65_HS1-834228961_62-HQ-83894_Section_1
Agency: FBI
Page 69
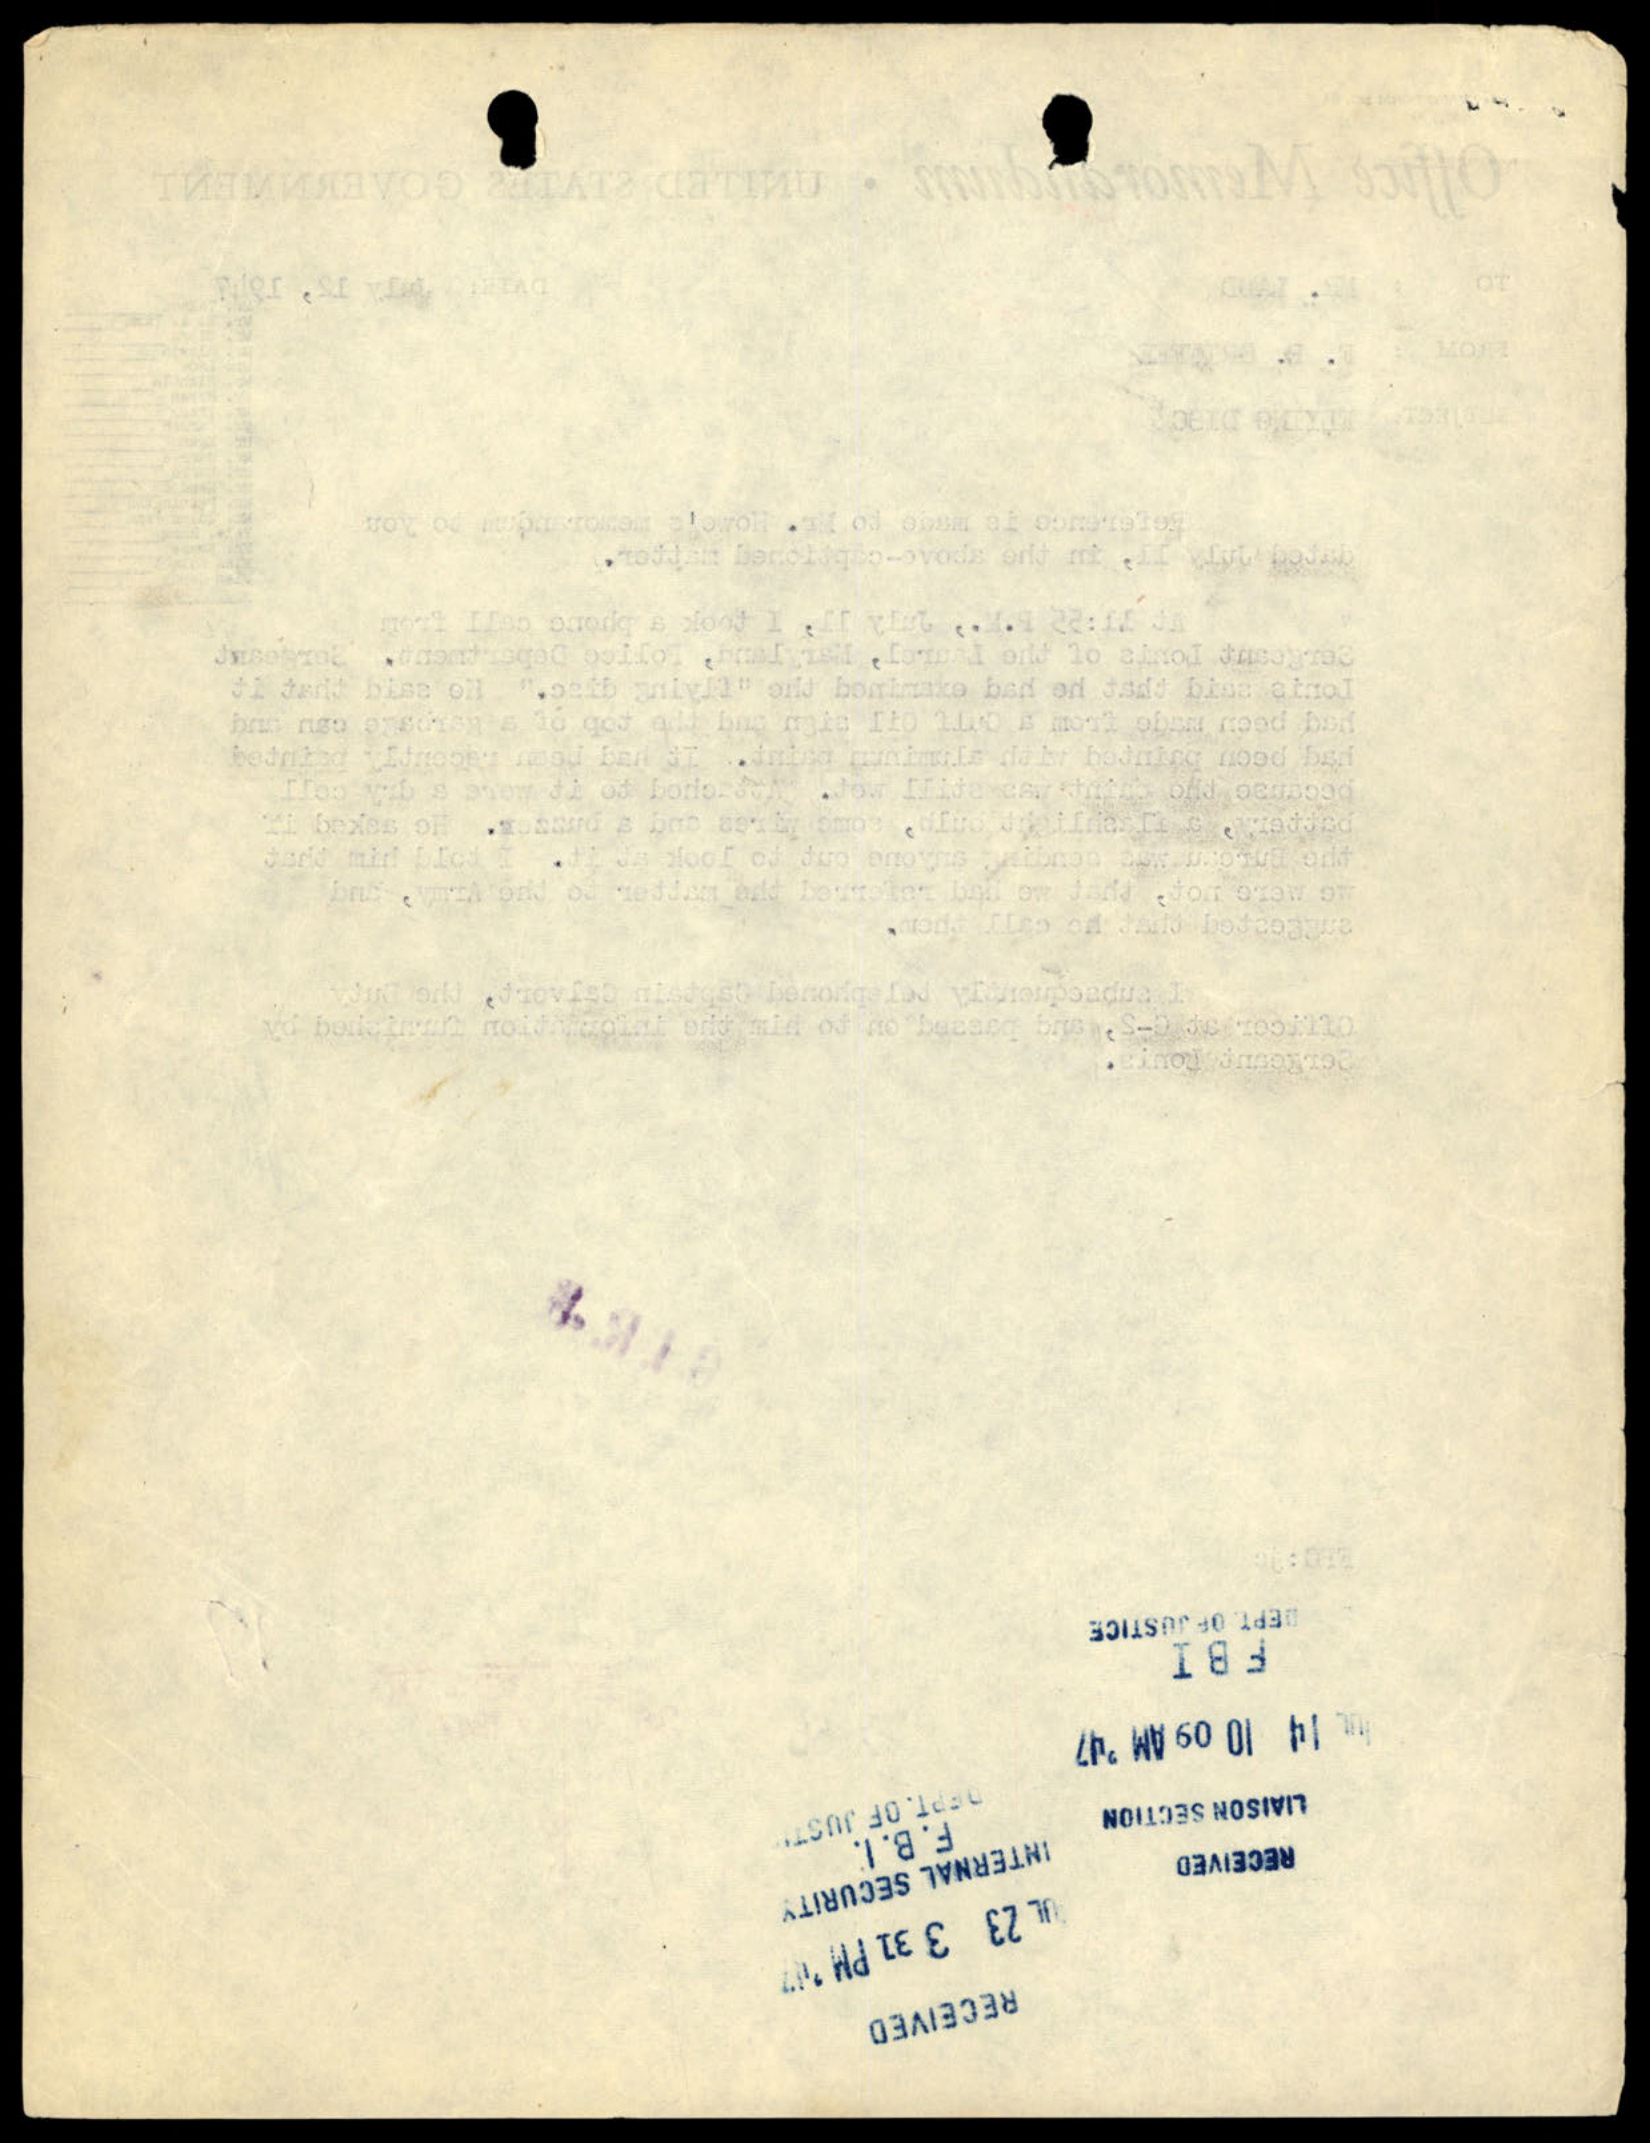